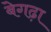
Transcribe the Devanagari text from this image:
बेगढ़ा